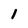
Character: 1